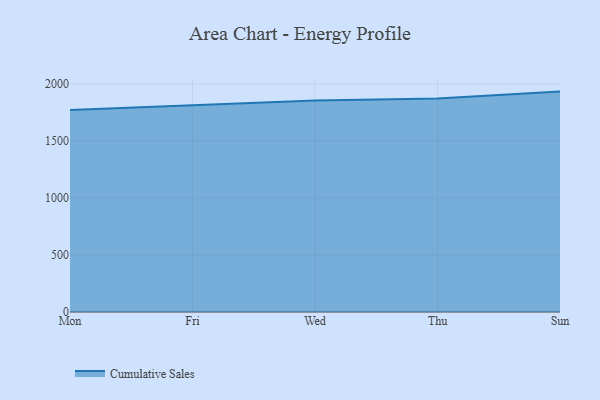
{"axis": {"x": "Day", "y": "Satisfaction Score"}, "legend": ["Cumulative Sales"], "data": [{"x": "Mon", "y": 1770.6, "type": "Cumulative Sales"}, {"x": "Fri", "y": 1815.8, "type": "Cumulative Sales"}, {"x": "Wed", "y": 1855.9, "type": "Cumulative Sales"}, {"x": "Thu", "y": 1872.5, "type": "Cumulative Sales"}, {"x": "Sun", "y": 1932.9, "type": "Cumulative Sales"}]}